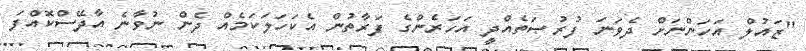
"ޒައުލް އަހަންނަށް ދެވަނަ ފުރުޞަތެއްދީ އަހަރެންގެ ފަރާތުން އެކަހަލަކަމެއް ދެން ނުވާނެ އާދޭސްކޮއްފަ